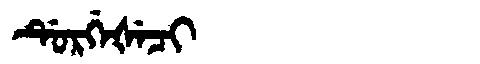
Manchu: ᡩᡠᡵᡤᡝᡧᡝᠴᡳ
Romanization: DURGEŠECI